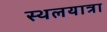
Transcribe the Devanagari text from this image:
स्थलयात्रा